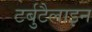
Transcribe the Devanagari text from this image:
टर्बुटैलाइन